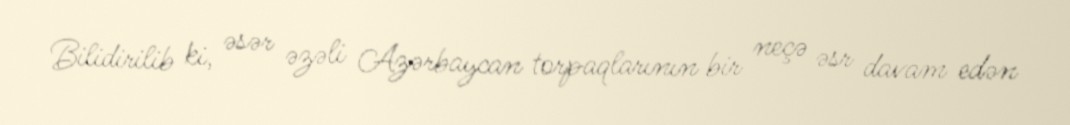
Bilidirilib ki, əsər əzəli Azərbaycan torpaqlarının bir neçə əsr davam edən